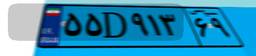
۵۵D۹۱۳۶۹